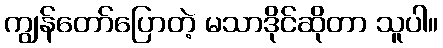
ကျွန်တော်ပြောတဲ့ မသာဒိုင်ဆိုတာ သူပါ။